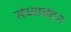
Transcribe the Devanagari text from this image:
संध्याबंदन